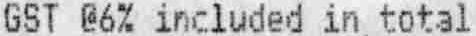
GST @6% INCLUDED IN TOTAL